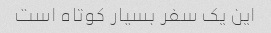
این یک سفر بسیار کوتاه است